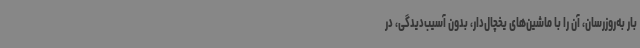
بار به‌روزرسان، آن را با ماشین‌های یخچال‌دار، بدون آسیب‌دیدگی، در